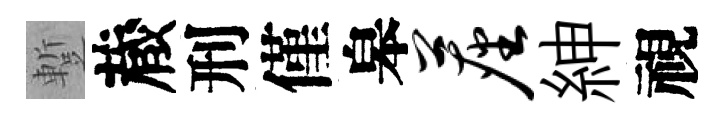
蹔蔵刑僅皋尘紳視